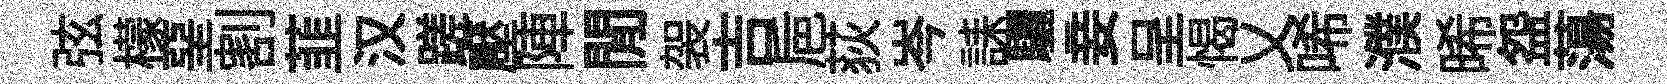
弦檬堊割韮汉蹉壓陣閒袈吉巵荻岑誄驪妾呈愒乂唏濮晞盌蕩